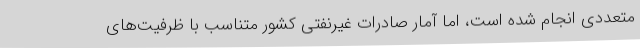
متعددی انجام شده است، اما آمار صادرات غیرنفتی کشور متناسب با ظرفیت‌های